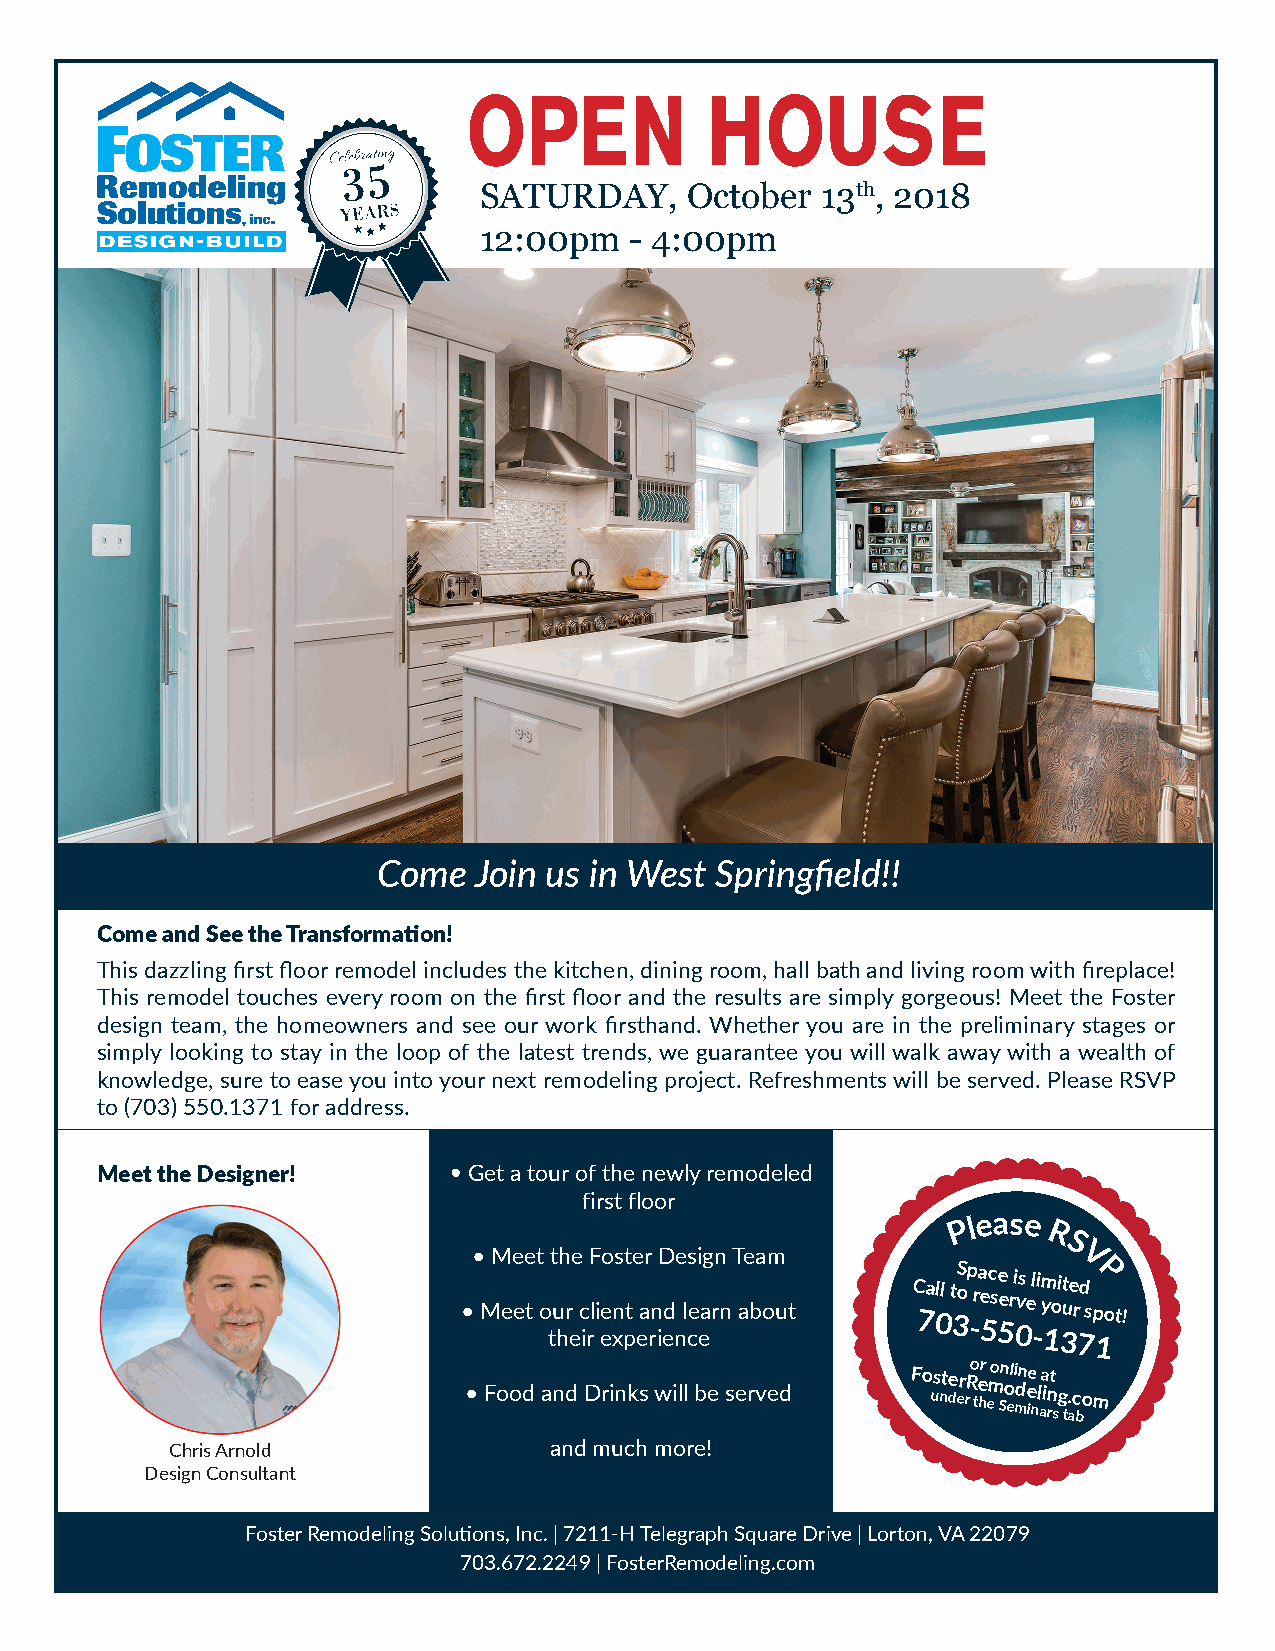
SATURDAY,     October 13th, 2018
 12:00pm   - 4:00pm
 Come  Join us in West Springfield!!
 Come and See the Transformation!
 This dazzling first floor remodel includes the kitchen, dining room, hall bath and living room with fireplace!
 This remodel touches every room on the first floor and the results are simply gorgeous! Meet the Foster
 design team, the homeowners and see our work firsthand. Whether you are in the preliminary stages or
 simply looking to stay in the loop of the latest trends, we guarantee you will walk away with a wealth of
 knowledge, sure to ease you into your next remodeling project. Refreshments will be served. Please RSVP
 to (703) 550.1371 for address.
 Meet the Designer!      • Get a tour of the newly remodeled
 first floor
 P l ease
 R
 S
 • Meet the Foster Design Team           V
 • Meet o tu hr
 e
 c irl i ee xn pt ea rn ied
 n
 l ce earn about
 C 7a 0ll t 3oSp -ra e 5c s 5e e ri 0vs el -i m
 y
 1oi 3t ue
 r
 7d sP
 p 1o t !
 • Food and Drinks will be served Fo us nte der rR o te hr emo Sn o eli mdn e ie nl aa in rt sg t. ac bom
 Chris Arnold             and much more!
 Design Consultant
 Foster Remodeling Solutions, Inc. | 7211-H Telegraph Square Drive | Lorton, VA 22079
 703.672.2249 | FosterRemodeling.com